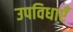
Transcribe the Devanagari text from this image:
उपविधाएँ